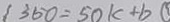
3 5 0 = 5 0 K + b